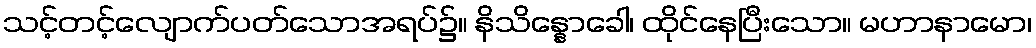
သင့်တင့်လျောက်ပတ်သောအရပ်၌။ နိသိန္နောခေါ၊ ထိုင်နေပြီးသော။ မဟာနာမော၊